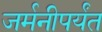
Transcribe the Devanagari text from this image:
जर्मनीपर्यंत